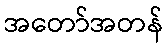
အတော်အတန်